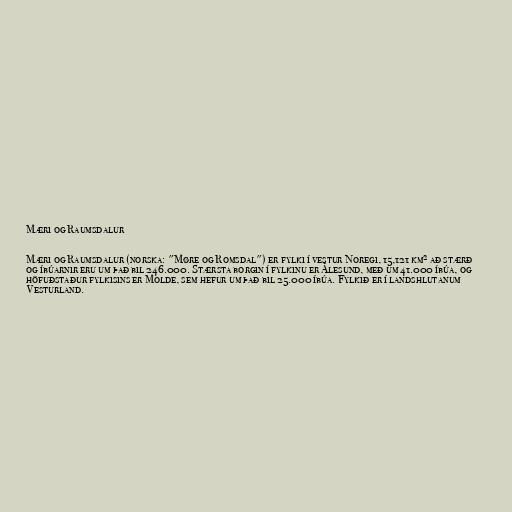
Mæri og Raumsdalur

Mæri og Raumsdalur (norska: "Møre og Romsdal") er fylki í vestur Noregi, 15,121 km² að stærð
og íbúarnir eru um það bil 246.000. Stærsta borgin í fylkinu er Ålesund, með um 41.000 íbúa, og
höfuðstaður fylkisins er Molde, sem hefur um það bil 25.000 íbúa. Fylkið er í landshlutanum
Vesturland.